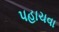
પહાચવા